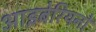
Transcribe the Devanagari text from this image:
आइबेरियनों